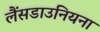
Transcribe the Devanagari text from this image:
लैंसडाउनियना